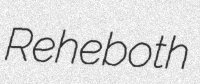
Reheboth